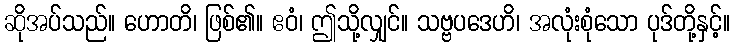
ဆိုအပ်သည်။ ဟောတိ၊ ဖြစ်၏။ ဧဝံ၊ ဤသို့လျှင်။ သဗ္ဗပဒေဟိ၊ အလုံးစုံသော ပုဒ်တို့နှင့်။